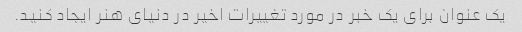
یک عنوان برای یک خبر در مورد تغییرات اخیر در دنیای هنر ایجاد کنید.